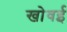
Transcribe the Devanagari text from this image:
खोवई